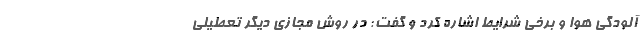
آلودگی هوا و برخی شرایط اشاره کرد و گفت: در روش مجازی دیگر تعطیلی